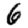
Digit: 6